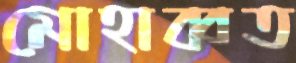
মোহাব্বত